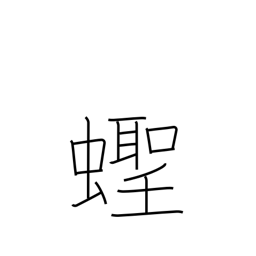
Meaning: razor clam